Reports on dispensaries and lunatic asylums in the Province of Oudh - 1869-1876
Year: 1869
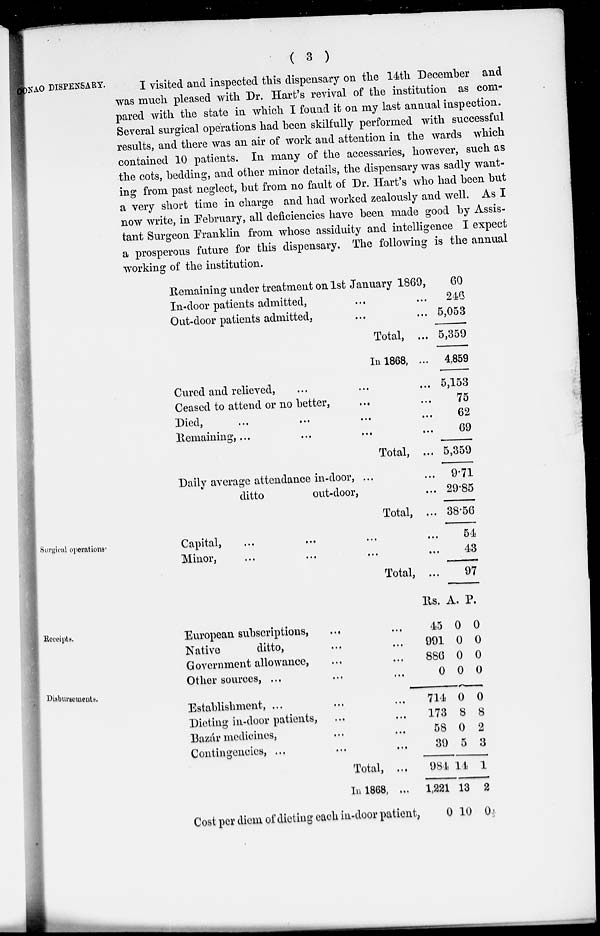
( 3 )
ONAO DISPENSARY.
I visited and inspected this dispensary on the 14th December and
was much pleased with Dr. Hart's revival of the institution as com-
pared with the state in which I found it on my last annual inspection.
Several surgical operations had been skilfully performed with successful
results, and there was an air of work and attention in the wards which
contained 10 patients. In many of the accessaries, however, such as
the cots, bedding, and other minor details, the dispensary was sadly want-
ing from past neglect, but from no fault of Dr. Hart's who had been but
a very short time in charge and had worked zealously and well. As I
now write, in February, all deficiencies have been made good by Assis-
tant Surgeon Franklin from whose assiduity and intelligence I expect
a prosperous future for this dispensary. The following is the annual
working of the institution.
Remaining under treatment on 1st January 1869,
In-door patients admitted, ... ...
Out-door patients admitted, ... ...
Total, ...
In 1868, ...
Cured and relieved, ... ... ...
Ceased to attend or no better, ... ...
Died, ... ... ... ...
Remaining, ... ... ... ...
Total, ...
Daily average attendance in-door, ... ...
ditto
out-door, ...
Total, ...
60
246
5,053
5,359
4,859
5,153
75
62
69
5,359
9.71
29.85
38.56
Surgical operations.
Capital, ... ... ... ...
Minor,
...
...
...
...
Total, ...
54
43
97
Receipts.
European subscriptions,
...
...
Native
ditto,
...
...
Government allowance,
...
...
Other sources, ...
...
...
Rs.
45
991
886
0
A.
0
0
0
0
P.
0
0
0
0
Disbursements.
Establishment, ... ... ...
Dieting in-door patients, ... ...
Bazar medicines, ... ...
Contingencies, ... ... ...
Total, ...
In 1868, ...
Cost per diem of dieting each in-door patient,
714
173
58
39
984
1,221
0
0
8
0
5
14
13
10
0
8
2
3
1
2
0